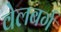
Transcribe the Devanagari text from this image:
वेलबर्ग